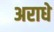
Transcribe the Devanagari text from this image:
अराधे